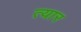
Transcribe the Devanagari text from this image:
त्यार